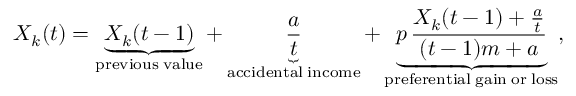
{ X } _ { k } { ( t ) } = \underbrace { { X } _ { k } { ( t - 1 ) } } _ { \mathrm { p r e v i o u s \; v a l u e } } + \underbrace { \frac { a } { t } } _ { \mathrm { a c c i d e n t a l \; i n c o m e } } + \underbrace { p \, \frac { { X } _ { k } { ( t - 1 ) } + \frac { a } { t } } { ( t - 1 ) m + a } } _ { \mathrm { p r e f e r e n t i a l \; g a i n \; o r \; l o s s } } ,